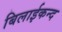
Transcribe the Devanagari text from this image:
बिलाईकन्द